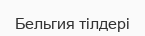
Бельгия тілдері